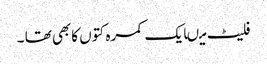
فلیٹ میںایک کمرہ کتوں کابھی تھا ۔